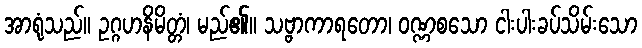
အာရုံသည်။ ဥဂ္ဂဟနိမိတ္တံ၊ မည်၏။ သဗ္ဗာကာရတော၊ ဝဏ္ဏစသော ငါးပါးခပ်သိမ်းသော